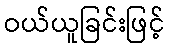
ဝယ်ယူခြင်းဖြင့်